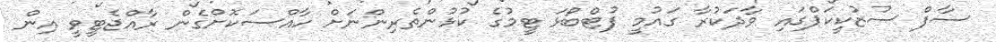
ސާފް ސުޒުކީކަޕްގައި ވާދަކުރާ ގައުމީ ފުޓްބޯޅަ ޓީމުގެ ކުޅުންތެރިންނަށް ހާއްސަކޮށްގެން ރާއްޖެޓީވީ އިން